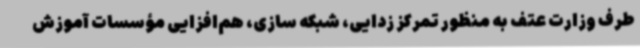
طرف وزارت عتف به منظور تمرکز زدایی، شبکه سازی، هم‌افزایی مؤسسات آموزش